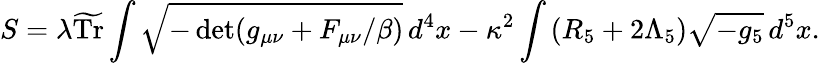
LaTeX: S=\lambda\widetilde{\mathrm{Tr}}\int\sqrt{-\operatorname*{det}(g_{\mu\nu}+F_{\mu\nu}/\beta)}\, d^{4}x-\kappa^{2}\int\, (R_{5}+2\Lambda_{5})\sqrt{-g_{5}}\, d^{5}x.